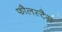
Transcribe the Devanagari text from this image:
फौलस्टैग